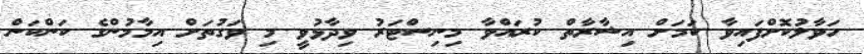
ހަވާލުކޮށްފައިވާ ކަމަށް އިޝާރާތް ކުރައްވާ މިނިސްޓަރު ވިދާޅުވީ މި ވަގުތަށް އިމާމުންގެ ކަންކަން